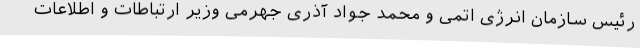
رئیس سازمان انرژی اتمی و محمد جواد آذری جهرمی وزیر ارتباطات و اطلاعات